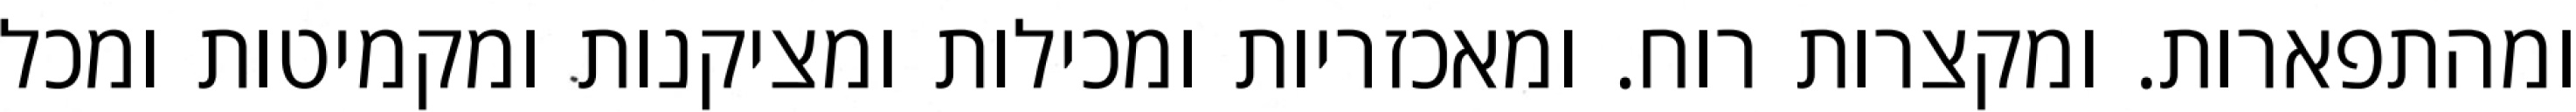
ומהתפארות. ומקצרות רוח. ומאכזריות ומכילות ומציקנות ומקמיטות ומכל